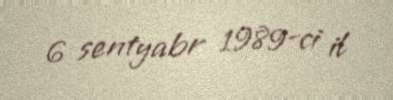
6 sentyabr 1989-ci il